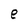
Character: e